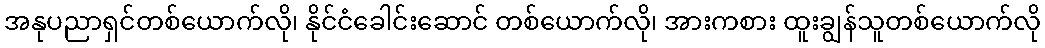
အနုပညာရှင်တစ်ယောက်လို၊ နိုင်ငံခေါင်းဆောင် တစ်ယောက်လို၊ အားကစား ထူးချွန်သူတစ်ယောက်လို